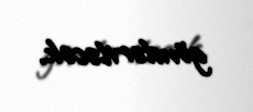
göndəriləcək.